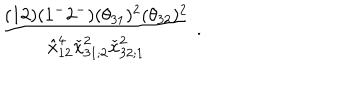
LaTeX: { \frac { ( 1 2 ) ( 1 ^ { - } 2 ^ { - } ) ( \theta _ { 3 1 } ) ^ { 2 } ( \theta _ { 3 2 } ) ^ { 2 } } { \hat { x } _ { 1 2 } ^ { 4 } \check { x } _ { 3 1 ; 2 } ^ { 2 } \check { x } _ { 3 2 ; 1 } ^ { 2 } } } \; .